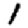
Digit: 1